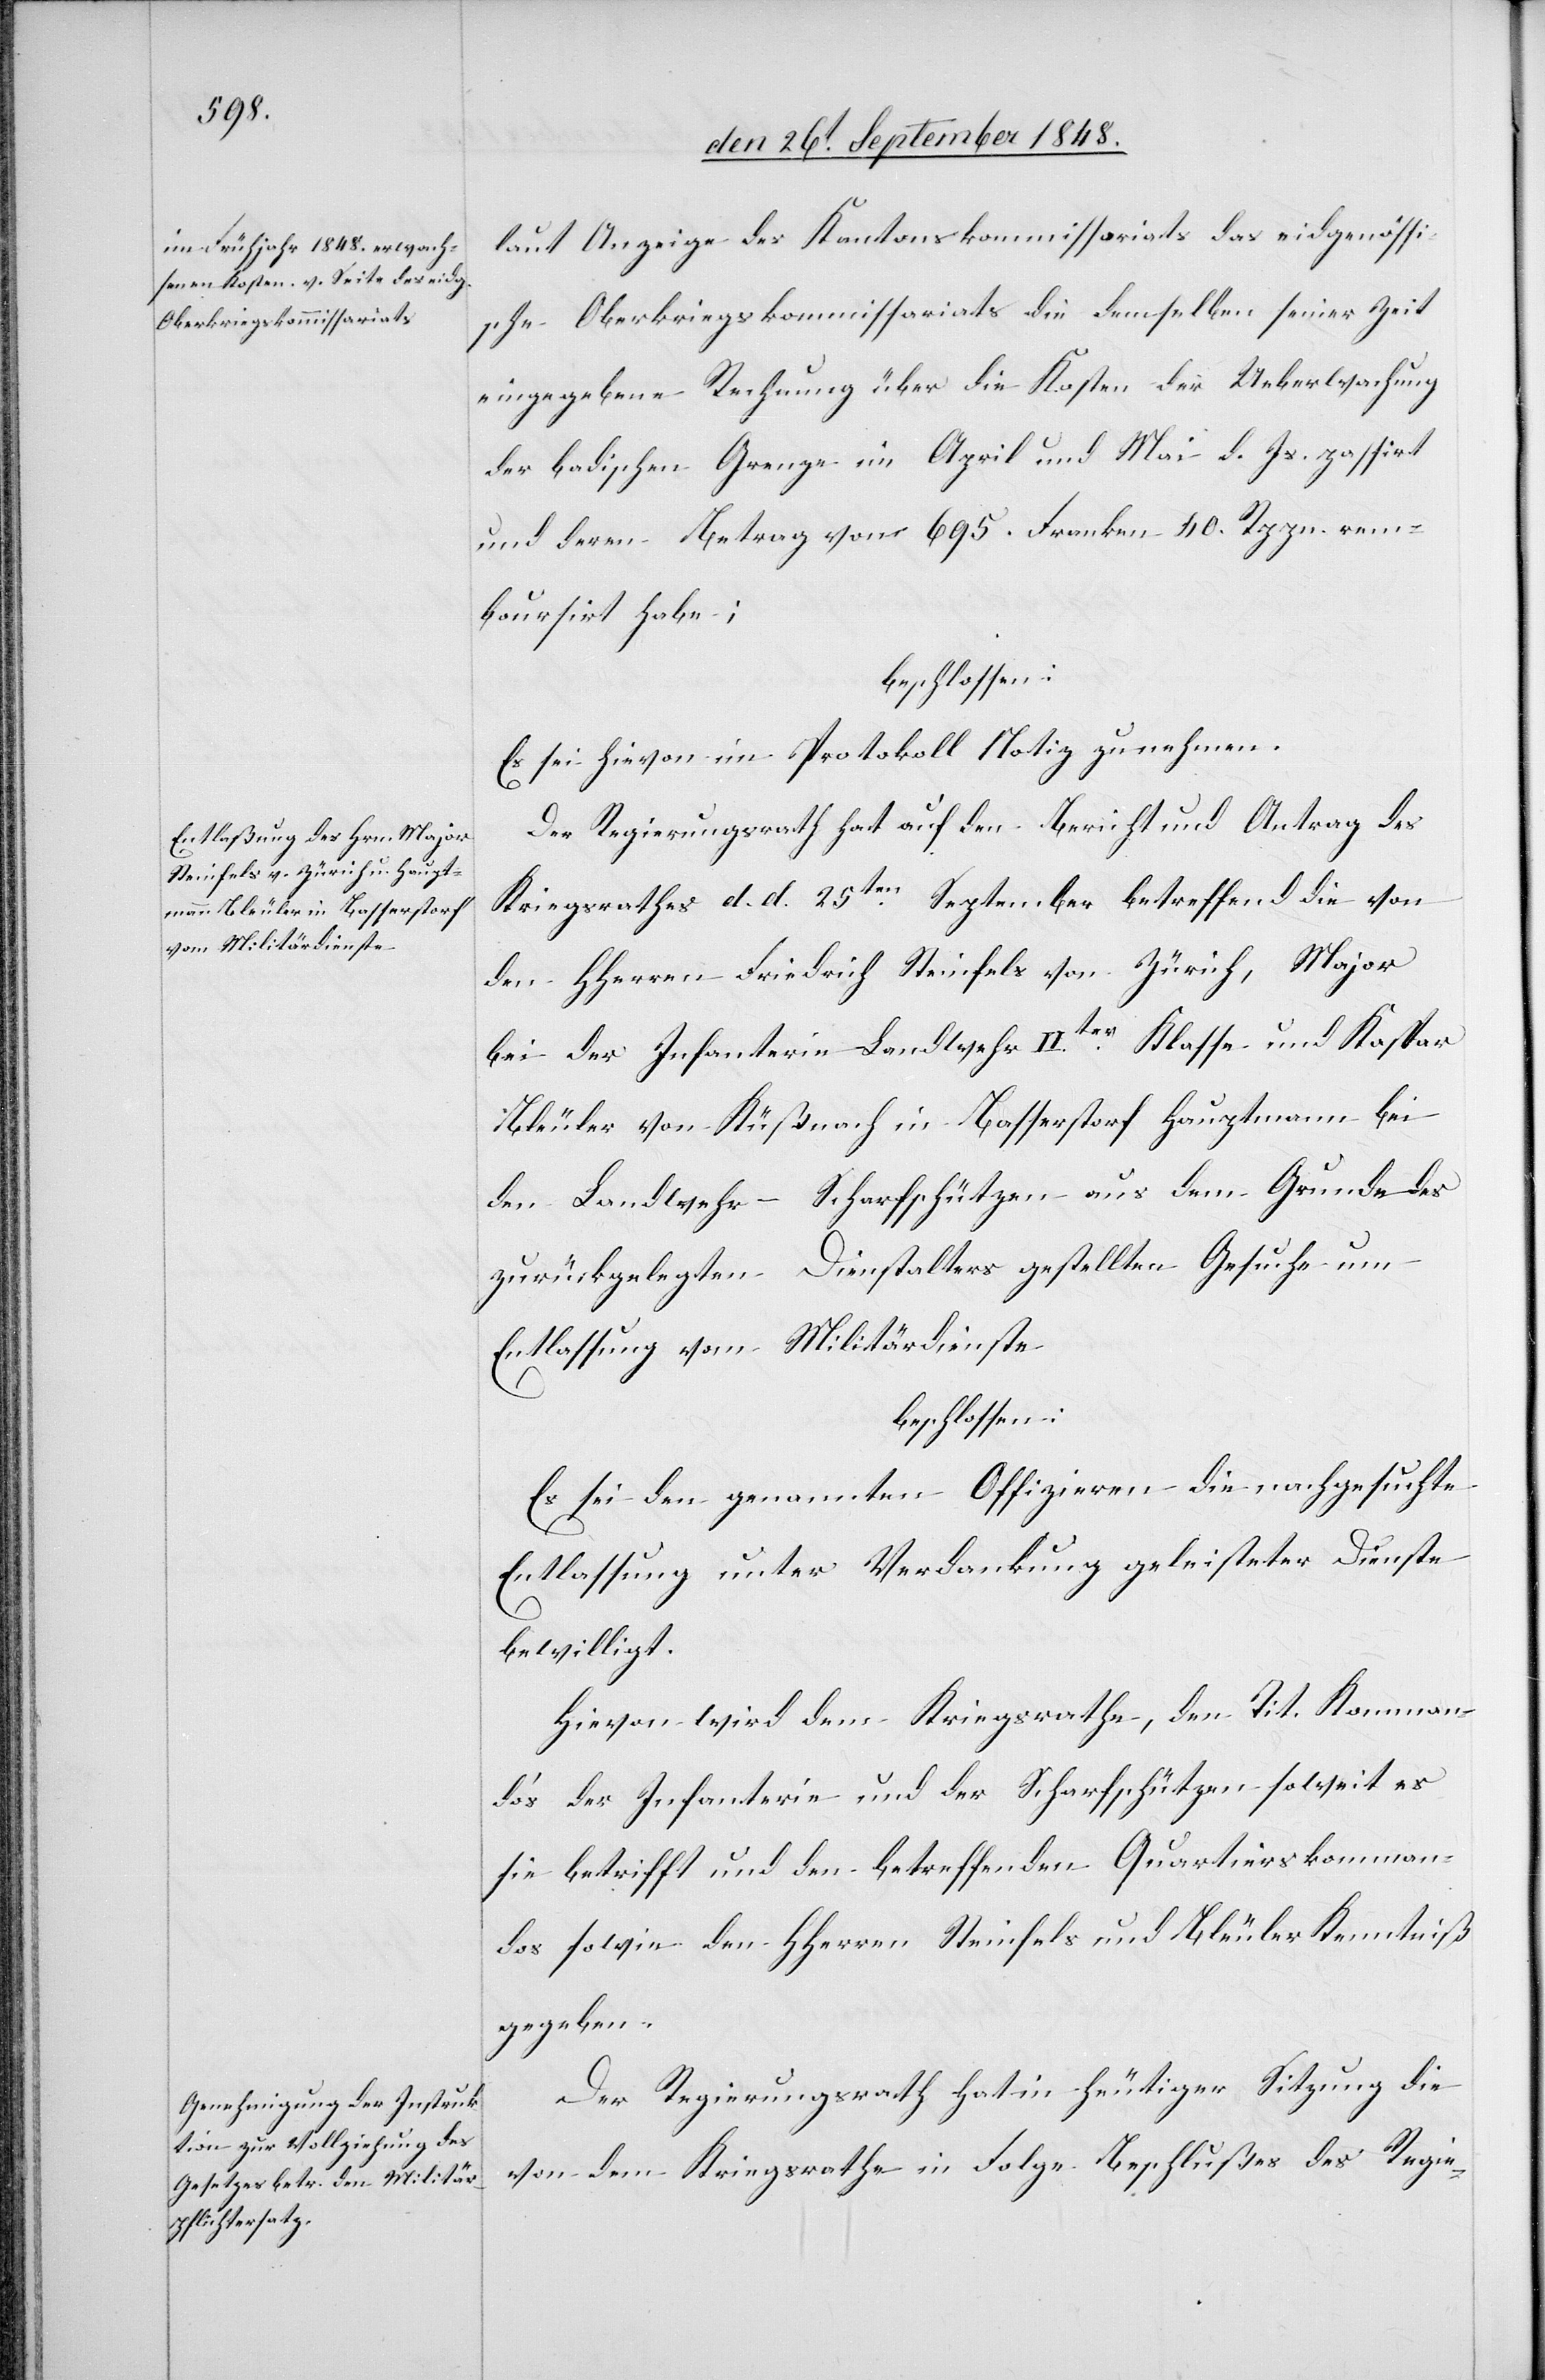
laut Anzeige des Kantonskommissariats das eidgenössi¬
sche Oberkriegskommissariats die demselben seiner Zeit
eingegebene Rechnung über die Kosten der Ueberwachung
der badischen Grenze im April und Mai d. Js. passirt
und deren Betrag von 695. Franken 40. Rppn. rem¬
boursirt habe;
beschlossen:
Es sei hievon im Protokoll Notiz zu nehmen.
Der Regierungsrath hat auf den Bericht und Antrag des
Kriegsrathes d. d. 25ten. September betreffend die von
den HHerren Friedrich Steinfels von Zürich, Major
bei der Infanterie Landwehr IIter Klasse und Kaspar
Bleuler von Küßnach in Basserstorf Hauptmann bei
den Landwehr–Scharfschützen aus dem Grunde des
zurückgelegten Dienstalters gestellten Gesuche um
Entlassung vom Militärdienste
beschlossen:
Es sei den genannten Offizieren die nachgesuchte
Entlassung unter Verdankung geleisteter Dienste
bewilligt.
Hievon wird dem Kriegsrathe, den Tit. Komman¬
do’s der Infanterie und der Scharfschützen soweit es
sie betrifft und den betreffenden Quartierskomman¬
dos sowie den HHerren Steinfels und Bleuler Kenntniß
gegeben.
Der Regierungsrath hat in heutiger Sitzung die
von dem Kriegsrathe in Folge Beschlußes des Regie-